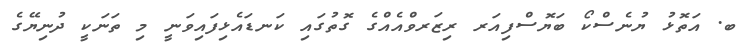
ބ. އަތޮޅު ޔުނެސްކޯ ބަޔޮސްފިއަރ ރިޒަރވްއެއްގެ ގޮތުގައި ކަނޑައެޅިފައިވަނީ މި ތަނަކީ ދުނިޔޭގެ